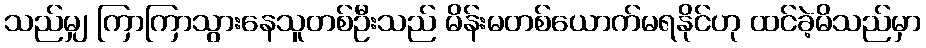
သည်မျှ ကြာကြာသွားနေသူတစ်ဦးသည် မိန်းမတစ်ယောက်မရနိုင်ဟု ထင်ခဲ့မိသည်မှာ